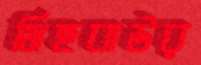
মিছবাউর